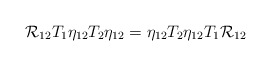
\begin{align*}{\cal R}_{12}T_{1}\eta_{12}T_{2}\eta_{12} = \eta_{12}T_{2}\eta_{12}T_{1}{\cal R}_{12}\end{align*}